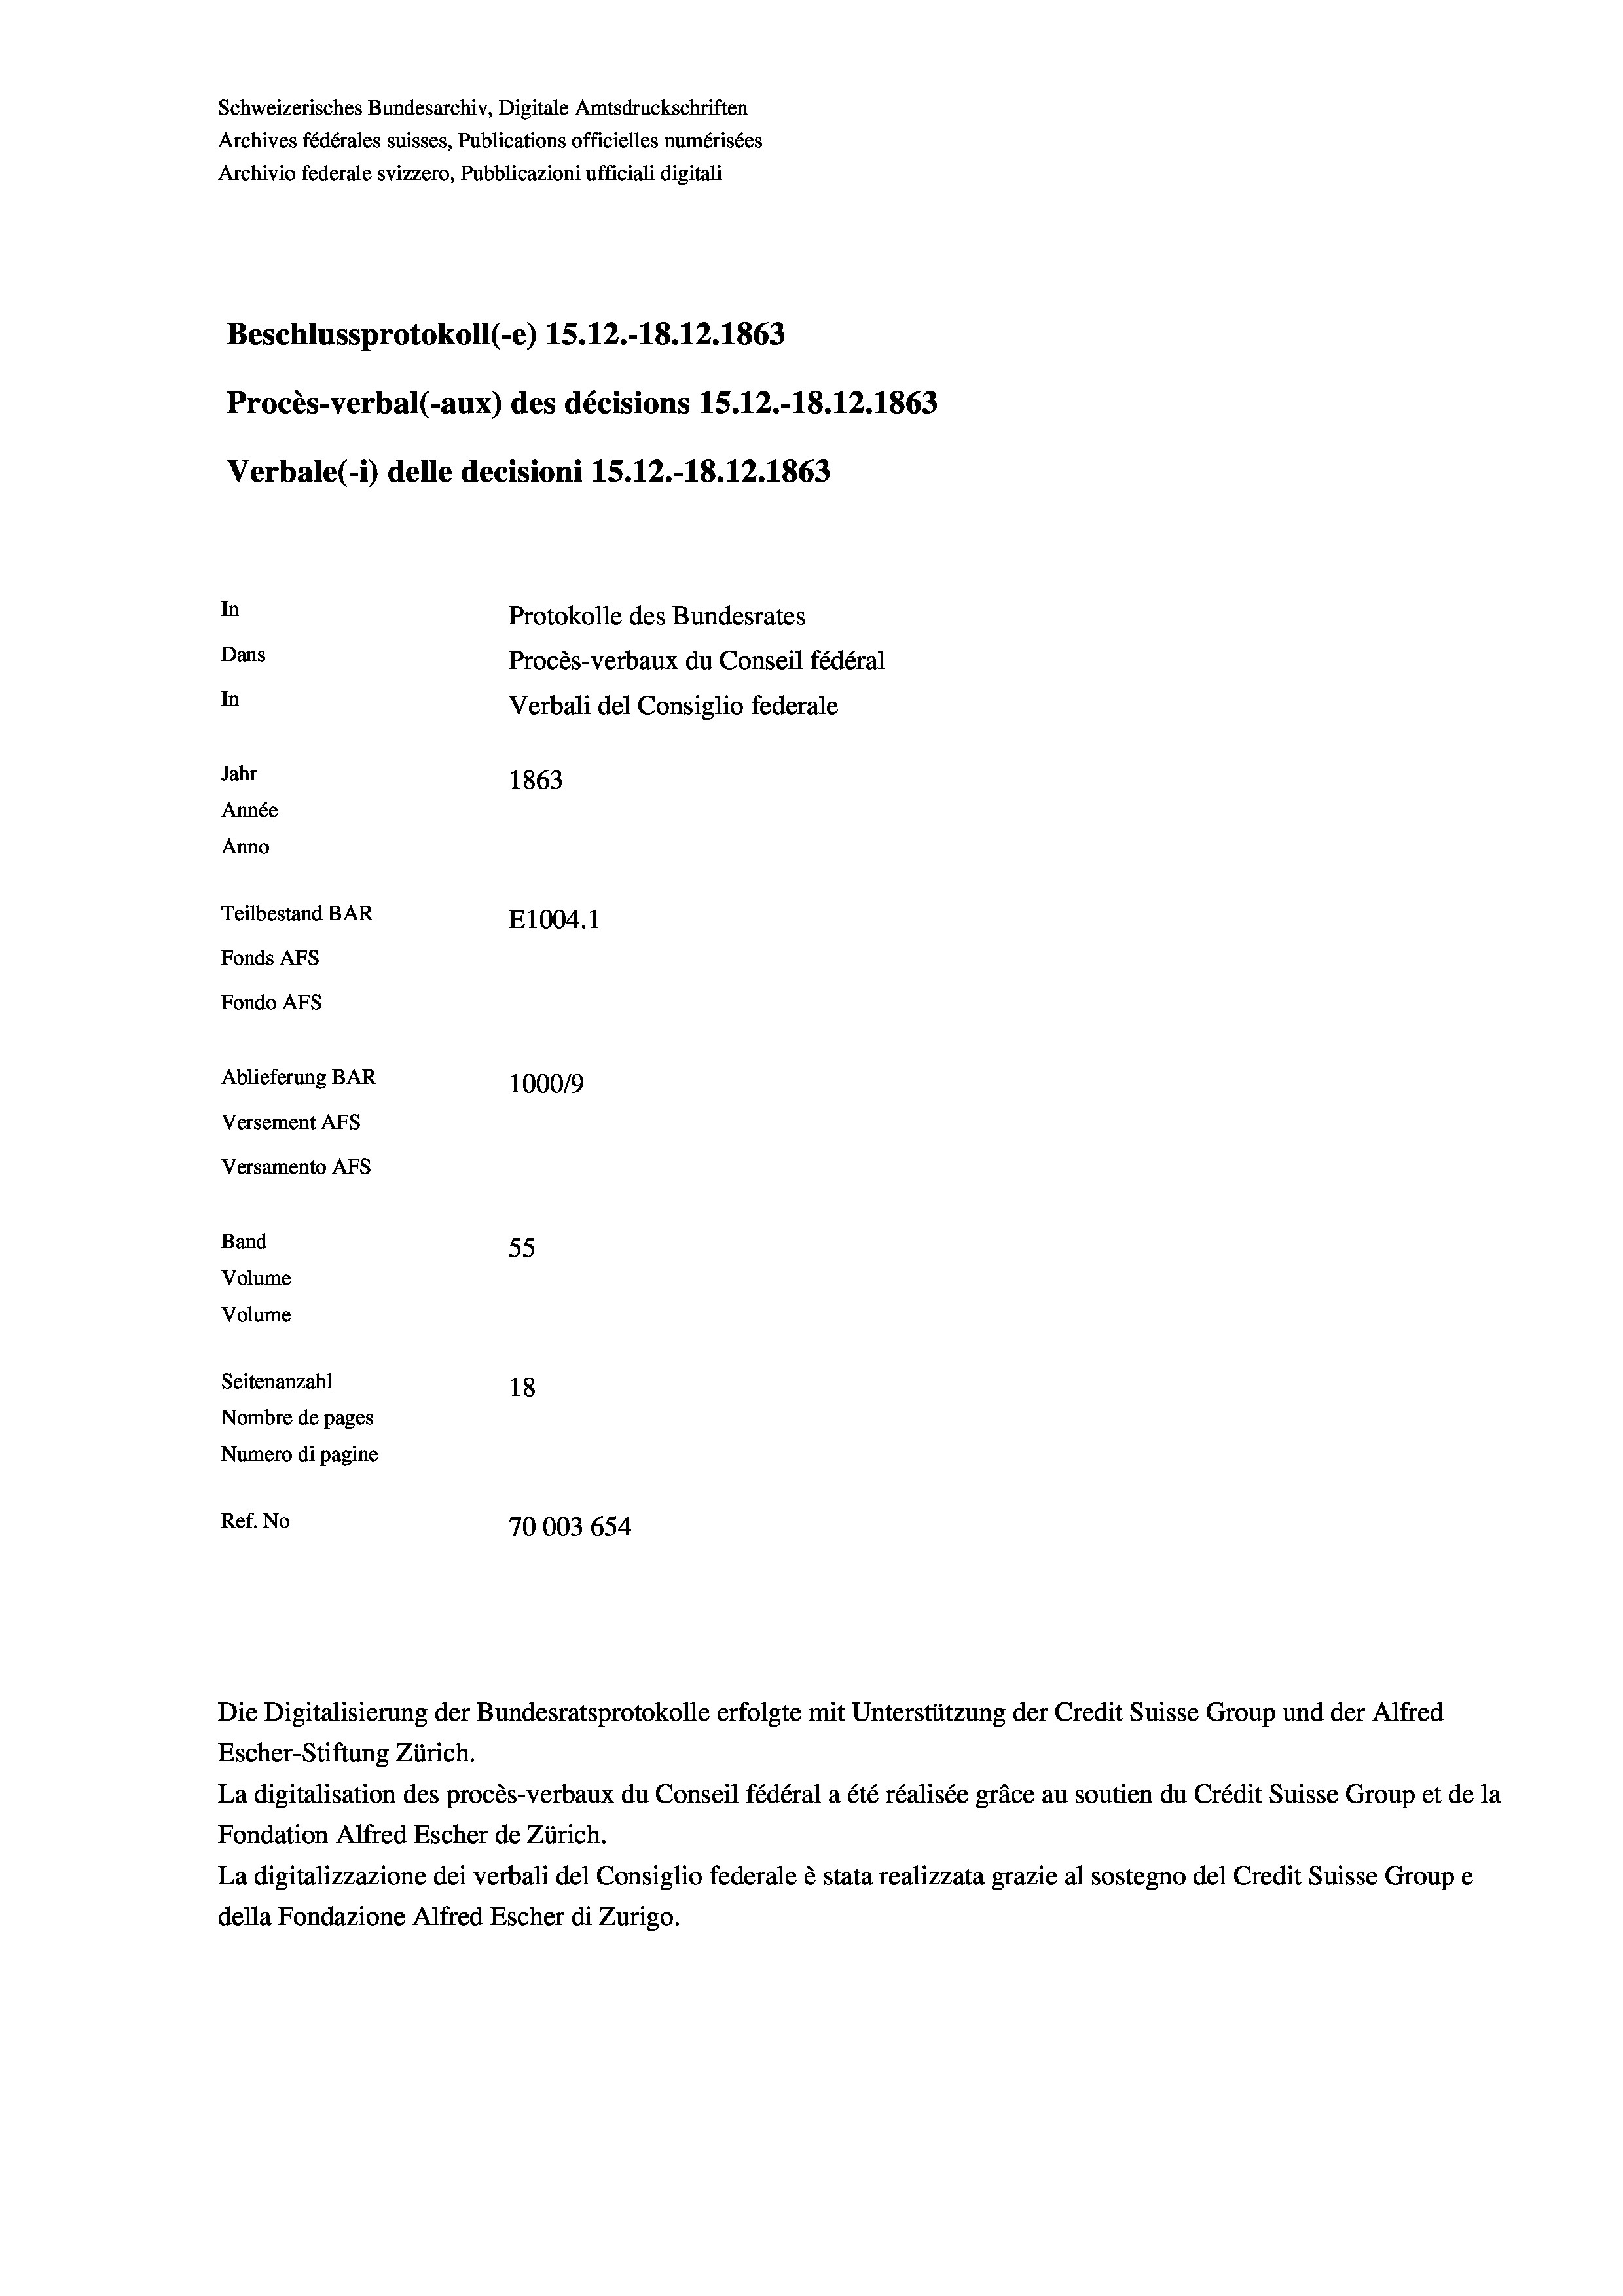
Schweizerisches Bundesarchiv, Digitale Amtsdruckschriften
Archives fédérales suisses, Publications officielles numérisées
Archivio federale svizzero, Pubblicazioni ufficiali digitali
Beschlussprotokoll (-e) 1S.12.-18. 12. 1863
Procès-verbal (-aux) des décisions 1S.12.-18.12.1863
Verbale(-*) delle decisioni IS. 12.-18. 12. 1863
In
Protokolle des Bundesrates
Dans
Procès-verbaux du Conseil fédéral
In
Verbali del Consiglio federale
Jahr
1863
Année
Anno
Teilbestand BAR
E1004.1
Fonds AFs
Fondo Afs
Ablieferung BAR
100019
Versement AFs
Versamento Afs

55
Seitenanzahl
18
Nombre de pages
Numero di pagine
Ref. No
70003 654

Band
Volume
Volume

Escher-Stiftung Zürich.
La digitalisation des procès-verbaux du Conseil fédéral a été réalisée gräce au soutien du Crédit Suisse Group et de la
Fondation Alfred Escher de Zürich.
La digitalizzazione dei verbali del Consiglio federale è stata realizzata grazie al sostegno del Credit Suisse Groupe
della Fondazione Alfred Escher di Zurigo.

Die Digitalisierung der Bundesratsprotokolle erfolgte mit Unterstützung der Credit Suisse Group und der Alfred